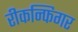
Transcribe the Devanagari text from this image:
रीकन्फिगर